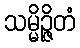
သမ္မိဉ္ဇိတံ